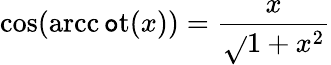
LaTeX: \cos(\operatorname{arcc\mathtt{o}t}(x))={\frac{{x}}{{\sqrt{}{{1+x^{2}}}}}}